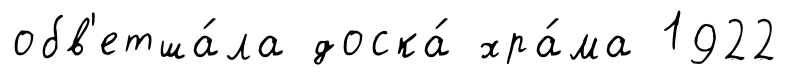
обв'етша́ла доска́ хра́ма 1922